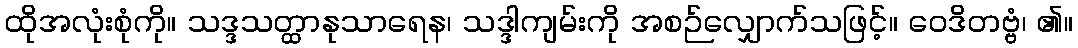
ထိုအလုံးစုံကို။ သဒ္ဒသတ္ထာနုသာရေန၊ သဒ္ဒါကျမ်းကို အစဉ်လျှောက်သဖြင့်။ ဝေဒိတဗ္ဗံ၊ ၏။